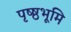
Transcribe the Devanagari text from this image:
पृष्ष्ठभूमि